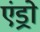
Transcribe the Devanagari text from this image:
एंड्रो